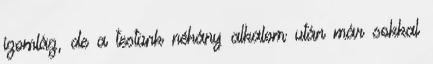
izomláz, de a testünk néhány alkalom után már sokkal